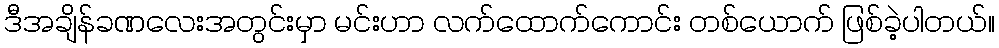
ဒီအချိန်ခဏလေးအတွင်းမှာ မင်းဟာ လက်ထောက်ကောင်း တစ်ယောက် ဖြစ်ခဲ့ပါတယ်။